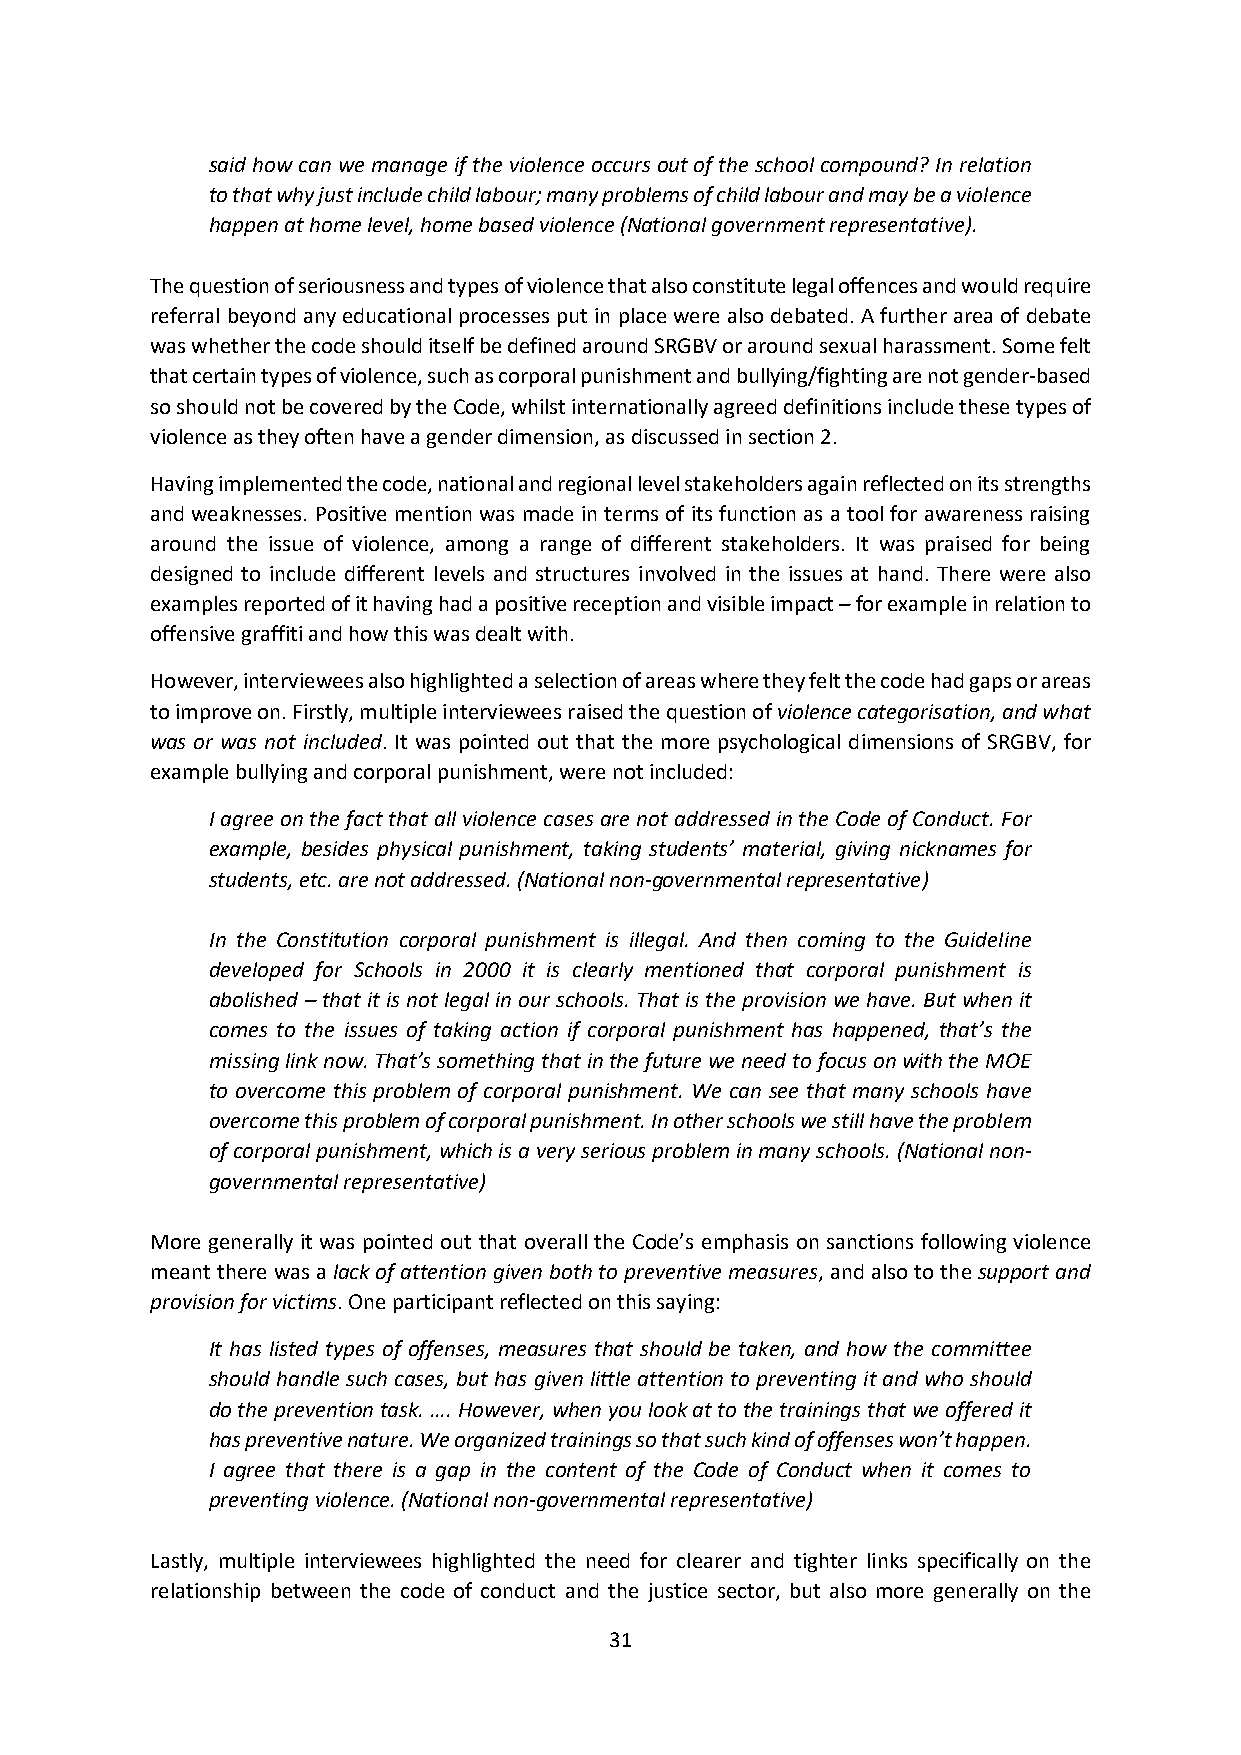
said how can we manage if the violence occurs out of the school compound? In relation
 to that why just include child labour; many problems of child labour and may be a violence
 happen at home level, home based violence (National government representative).
 The question of seriousness and types of violence that also constitute legal offences and would require
 referral beyond any educational processes put in place were also debated. A further area of debate
 was whether the code should itself be defined around SRGBV or around sexual harassment. Some felt
 that certain types of violence, such as corporal punishment and bullying/fighting are not gender-based
 so should not be covered by the Code, whilst internationally agreed definitions include these types of
 violence as they often have a gender dimension, as discussed in section 2.
 Having implemented the code, national and regional level stakeholders again reflected on its strengths
 and weaknesses. Positive mention was made in terms of its function as a tool for awareness raising
 around the issue of violence, among a range of different stakeholders. It was praised for being
 designed to include different levels and structures involved in the issues at hand. There were also
 examples reported of it having had a positive reception and visible impact – for example in relation to
 offensive graffiti and how this was dealt with.
 However, interviewees also highlighted a selection of areas where they felt the code had gaps or areas
 to improve on. Firstly, multiple interviewees raised the question of violence categorisation, and what
 was or was not included. It was pointed out that the more psychological dimensions of SRGBV, for
 example bullying and corporal punishment, were not included:
 I agree on the fact that all violence cases are not addressed in the Code of Conduct. For
 example, besides physical punishment, taking students’ material, giving nicknames for
 students, etc. are not addressed. (National non-governmental representative)
 In the Constitution corporal punishment is illegal. And then coming to the Guideline
 developed for Schools in 2000 it is clearly mentioned that corporal punishment is
 abolished – that it is not legal in our schools. That is the provision we have. But when it
 comes to the issues of taking action if corporal punishment has happened, that’s the
 missing link now. That’s something that in the future we need to focus on with the MOE
 to overcome this problem of corporal punishment. We can see that many schools have
 overcome this problem of corporal punishment. In other schools we still have the problem
 of corporal punishment, which is a very serious problem in many schools. (National non-
 governmental representative)
 More generally it was pointed out that overall the Code’s emphasis on sanctions following violence
 meant there was a lack of attention given both to preventive measures, and also to the support and
 provision for victims. One participant reflected on this saying:
 It has listed types of offenses, measures that should be taken, and how the committee
 should handle such cases, but has given little attention to preventing it and who should
 do the prevention task. …. However, when you look at to the trainings that we offered it
 has preventive nature. We organized trainings so that such kind of offenses won’t happen.
 I agree that there is a gap in the content of the Code of Conduct when it comes to
 preventing violence. (National non-governmental representative)
 Lastly, multiple interviewees highlighted the need for clearer and tighter links specifically on the
 relationship between the code of conduct and the justice sector, but also more generally on the
 31